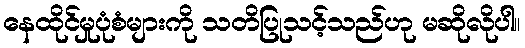
နေထိုင်မှုပုံစံများကို သတိပြုသင့်သည်ဟု မဆိုလိုပါ။